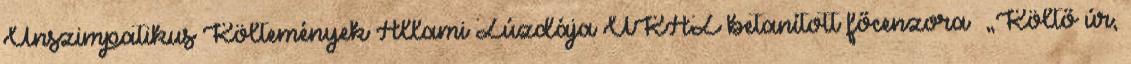
Unszimpatikus Költemények Állami Zúzdája UKÁZ betanított főcenzora „Költő úr,